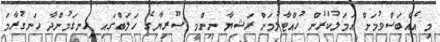
މި އެއްބަސްވުމަށް އަމަލުކުރުން ހުއްޓާލުމަށް ރަޝިޔާ ނިންމީ ސޫރިޔާގެ ހަލަބްގައި ހިނގަމުންދާ ހަނގުރާމަ